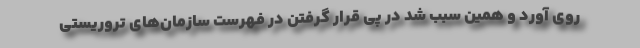
روی آورد و همین سبب شد در پی قرار گرفتن در فهرست سازمان‌های تروریستی